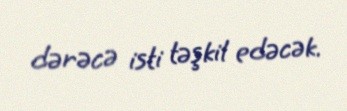
dərəcə isti təşkil edəcək.